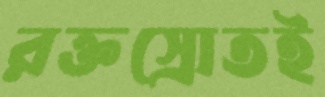
রক্তস্রোতই